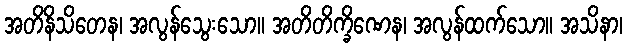
အတိနိသိတေန၊ အလွန်သွေးသော။ အတိတိက္ခိဏေန၊ အလွန်ထက်သော။ အသိနာ၊